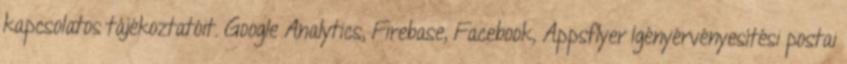
kapcsolatos tájékoztatóit. Google Analytics, Firebase, Facebook, Appsflyer Igényérvényesítési postai